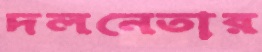
দলনেতার